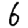
Digit: 6